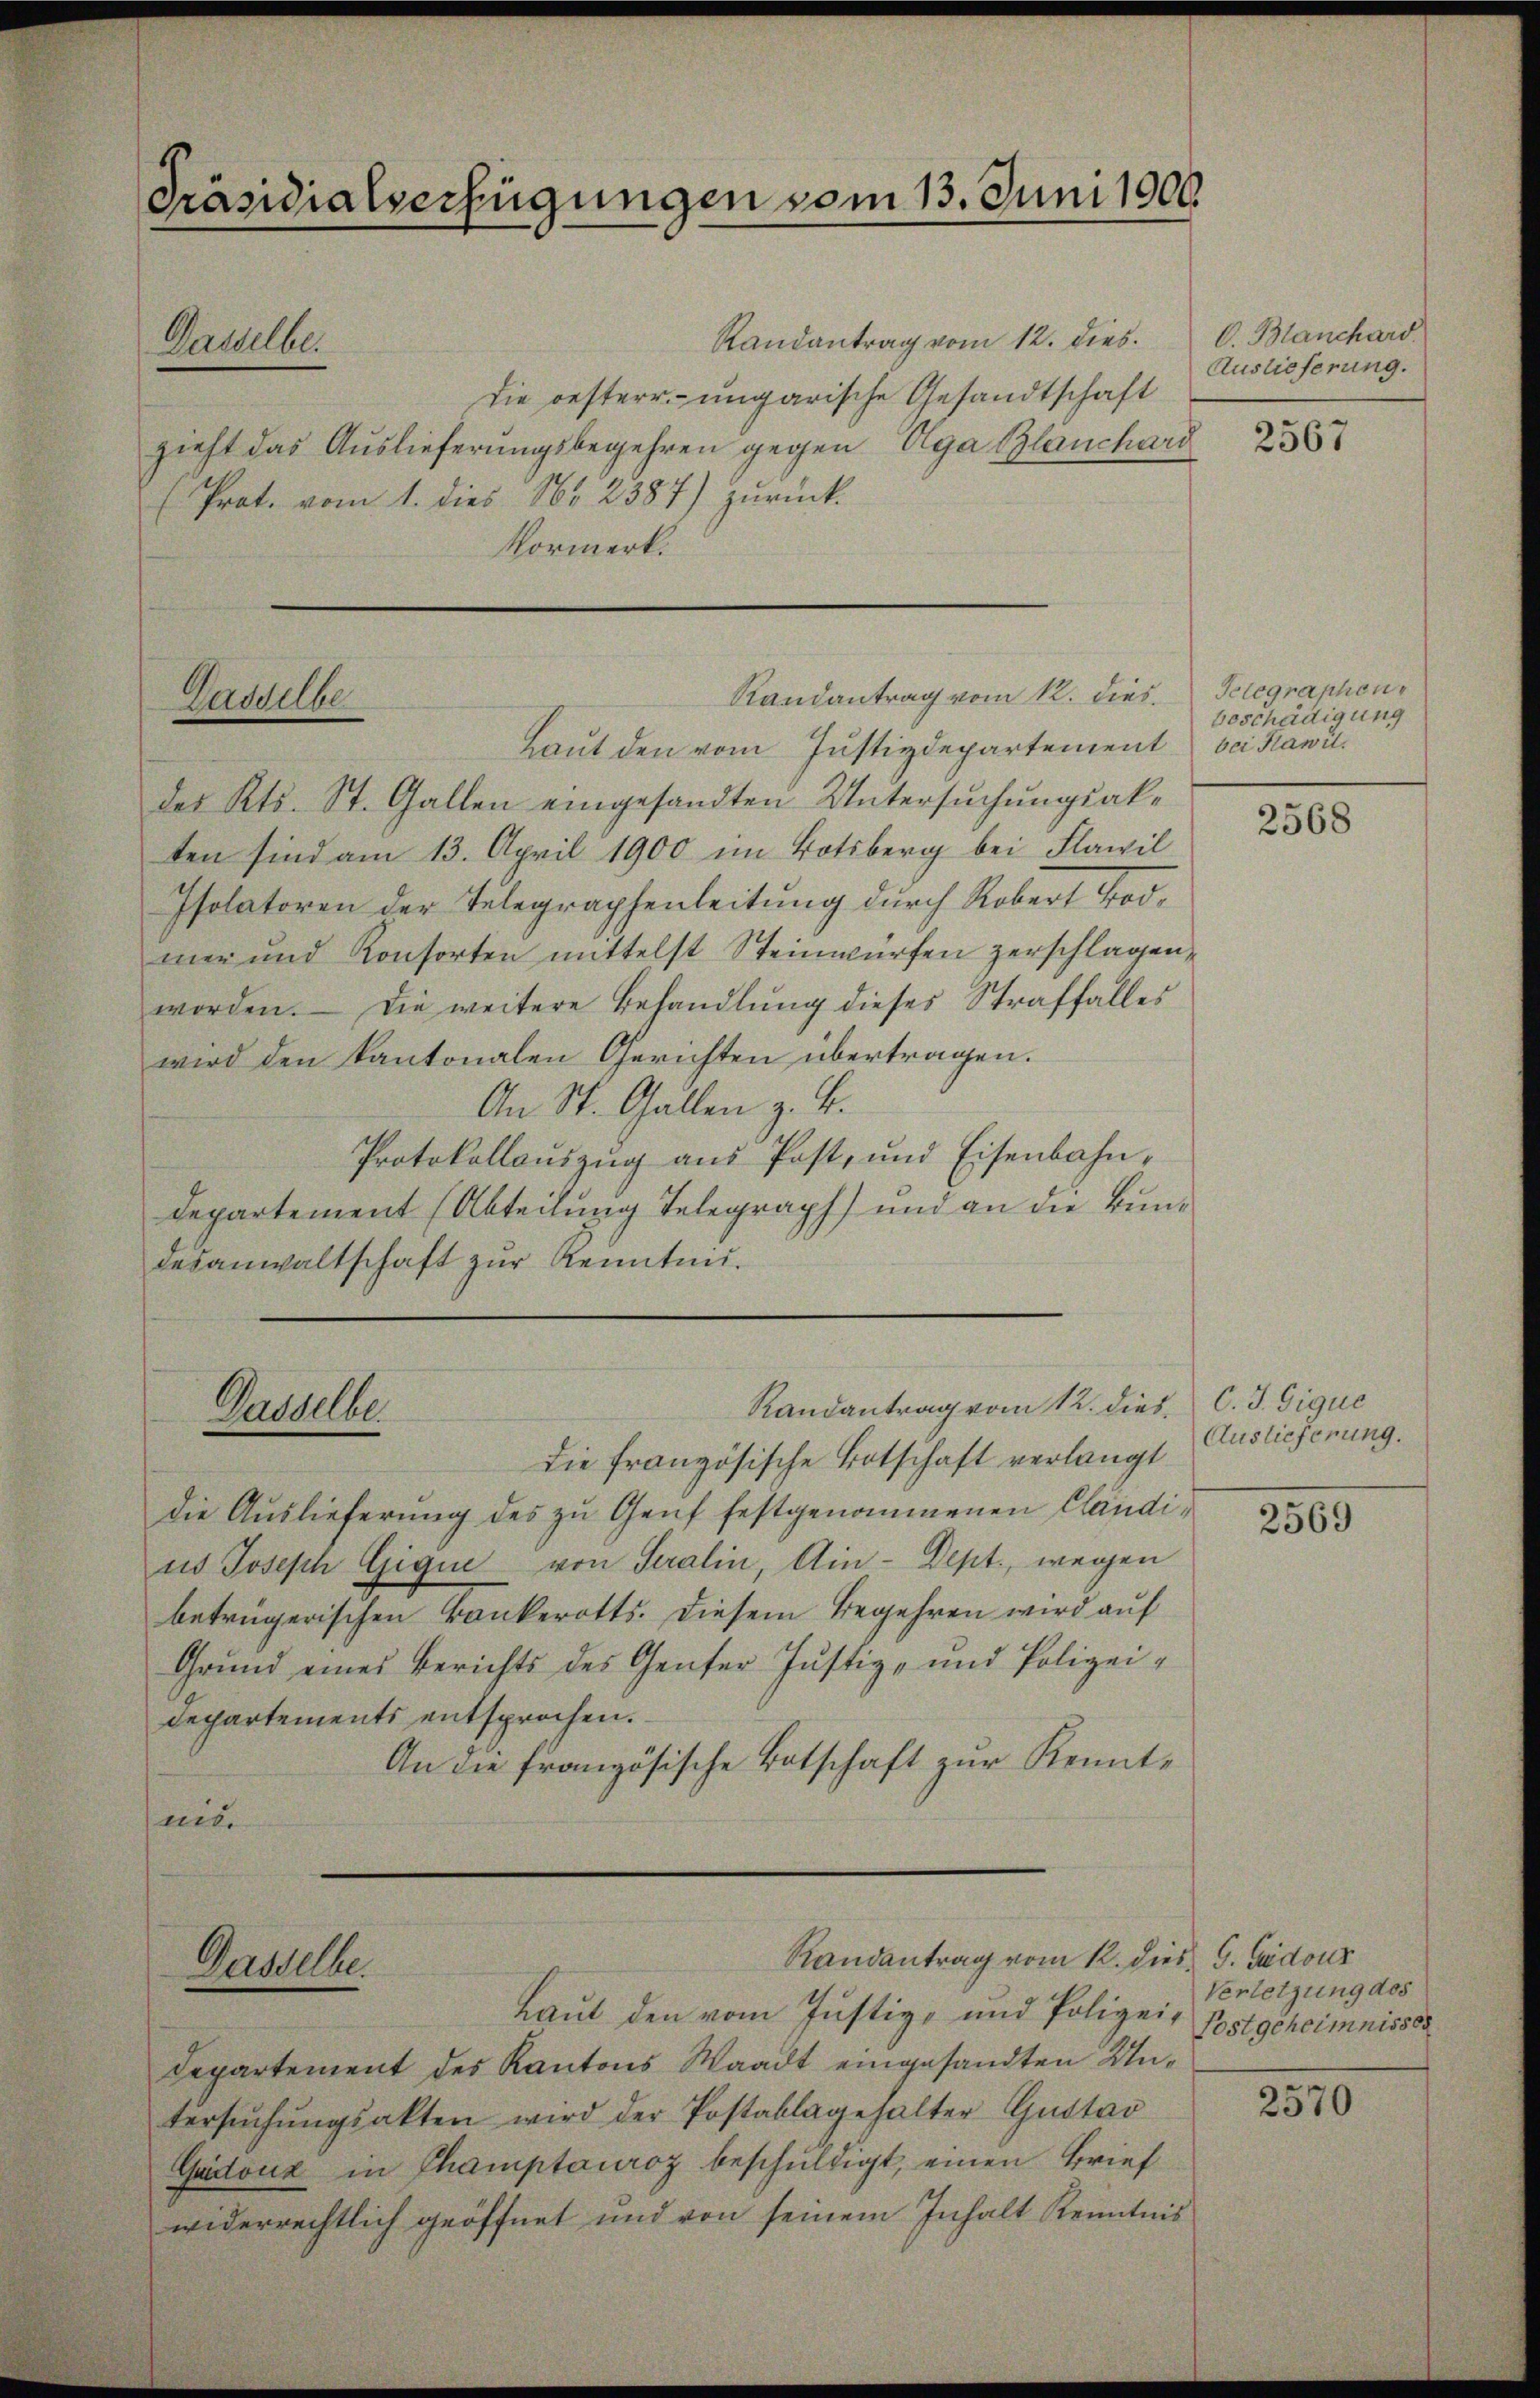
Präsidialverfügungen vom 13. Juni 1900.
Randantrag vom 12. dies C. Blanchard.
Dasselbe.
Die oesterr.-ungarische Gesandtschaft
zieht das Auslieferungsbegehren gegen Aga Blanchard
Prot. vom 1. dies 181. 2387) zurück-
Vormerk.

Randantrag vom 12. dies Telegraphen¬
Gasselbe

Gasselb

Haut den vom Justizdepartement bei Kawildes Kts. St. Gallen eingesandten Untersuchungsakten sind am 13. April 1900 im Botsberg bei Flawil
Isolatoren der Telegraphenleitung durch Robert Todmer und Konsorten mittelst Steinwürfen zerschlagen,
worden. — Die weitere Behandlung dieses Straffalles
wird den kantonalen Gerichten übertragen.
An St. Gallen z. B.
Protokollauszug aus Post, und Eisenbahn¬
Departement (Abteilung Telegraph) und an die Bundesanwaltschaft zŭr Kenntni

Randantrag vom 12. dies C. J. Gique

Randantrag vom 12. dies G. Gadour
Ganelle
Laut den vom Justiz- und Polizei,

die französische Botschaft verlangt
die Auslieferung des zu Genf festgenommenen Cländius Joseph Gique von Seralin, Ain-Dept., wegen
betrügerischen Bankerotts. diesem Begehren wird auf
Grund eines Berichts des Genfer Justiz- und Polizei¬
Departements entsprochen.
An die französische Botschaft zur Kenntnit.

Departement des Kantons Waadt eingesandten Untersŭchŭngsakten wird der Postablagehalter Gustav
Guidouz in Champturoz beschuldigt, einen Brief
widerrechtlich geöffnet und von seinem Inhalt Kenntnis

Auslieferung.

2567

beschädigung

2568

Auslieferung.

2569

Verletzung des
Postgeheimnisses

2570